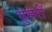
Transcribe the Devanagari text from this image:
युसरों